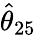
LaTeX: \hat{\theta}_{25}